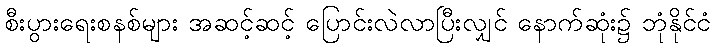
စီးပွားရေးစနစ်များ အဆင့်ဆင့် ပြောင်းလဲလာပြီးလျှင် နောက်ဆုံး၌ ဘုံနိုင်ငံ